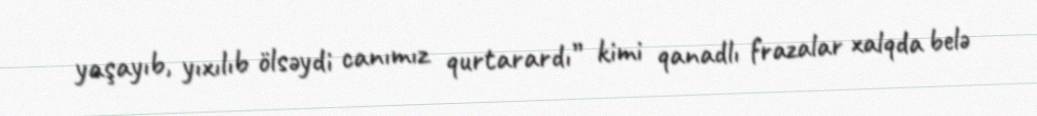
yaşayıb, yıxılıb ölsəydi canımız qurtarardı” kimi qanadlı frazalar xalqda belə